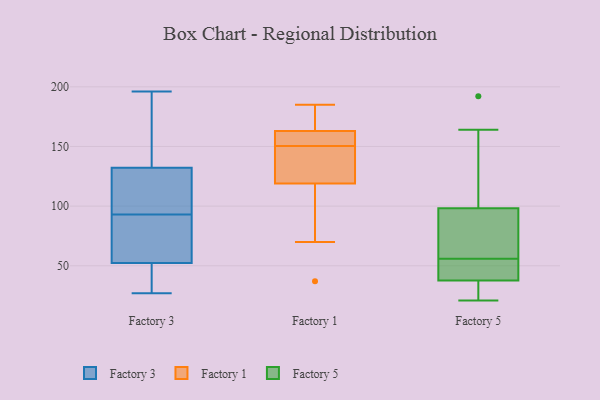
{"axis": {"x": "Waste Production (Tons)", "y": "Value"}, "legend": ["Factory 1", "Factory 3", "Factory 5"], "data": [{"x": "", "y": 85, "type": "Factory 3"}, {"x": "", "y": 83, "type": "Factory 3"}, {"x": "", "y": 139, "type": "Factory 3"}, {"x": "", "y": 93, "type": "Factory 3"}, {"x": "", "y": 162, "type": "Factory 3"}, {"x": "", "y": 27, "type": "Factory 3"}, {"x": "", "y": 107, "type": "Factory 3"}, {"x": "", "y": 42, "type": "Factory 3"}, {"x": "", "y": 196, "type": "Factory 3"}, {"x": "", "y": 112, "type": "Factory 3"}, {"x": "", "y": 31, "type": "Factory 3"}, {"x": "", "y": 37, "type": "Factory 1"}, {"x": "", "y": 163, "type": "Factory 1"}, {"x": "", "y": 185, "type": "Factory 1"}, {"x": "", "y": 152, "type": "Factory 1"}, {"x": "", "y": 170, "type": "Factory 1"}, {"x": "", "y": 125, "type": "Factory 1"}, {"x": "", "y": 149, "type": "Factory 1"}, {"x": "", "y": 156, "type": "Factory 1"}, {"x": "", "y": 70, "type": "Factory 1"}, {"x": "", "y": 119, "type": "Factory 1"}, {"x": "", "y": 132, "type": "Factory 5"}, {"x": "", "y": 87, "type": "Factory 5"}, {"x": "", "y": 56, "type": "Factory 5"}, {"x": "", "y": 164, "type": "Factory 5"}, {"x": "", "y": 21, "type": "Factory 5"}, {"x": "", "y": 40, "type": "Factory 5"}, {"x": "", "y": 24, "type": "Factory 5"}, {"x": "", "y": 60, "type": "Factory 5"}, {"x": "", "y": 31, "type": "Factory 5"}, {"x": "", "y": 48, "type": "Factory 5"}, {"x": "", "y": 49, "type": "Factory 5"}, {"x": "", "y": 61, "type": "Factory 5"}, {"x": "", "y": 192, "type": "Factory 5"}]}